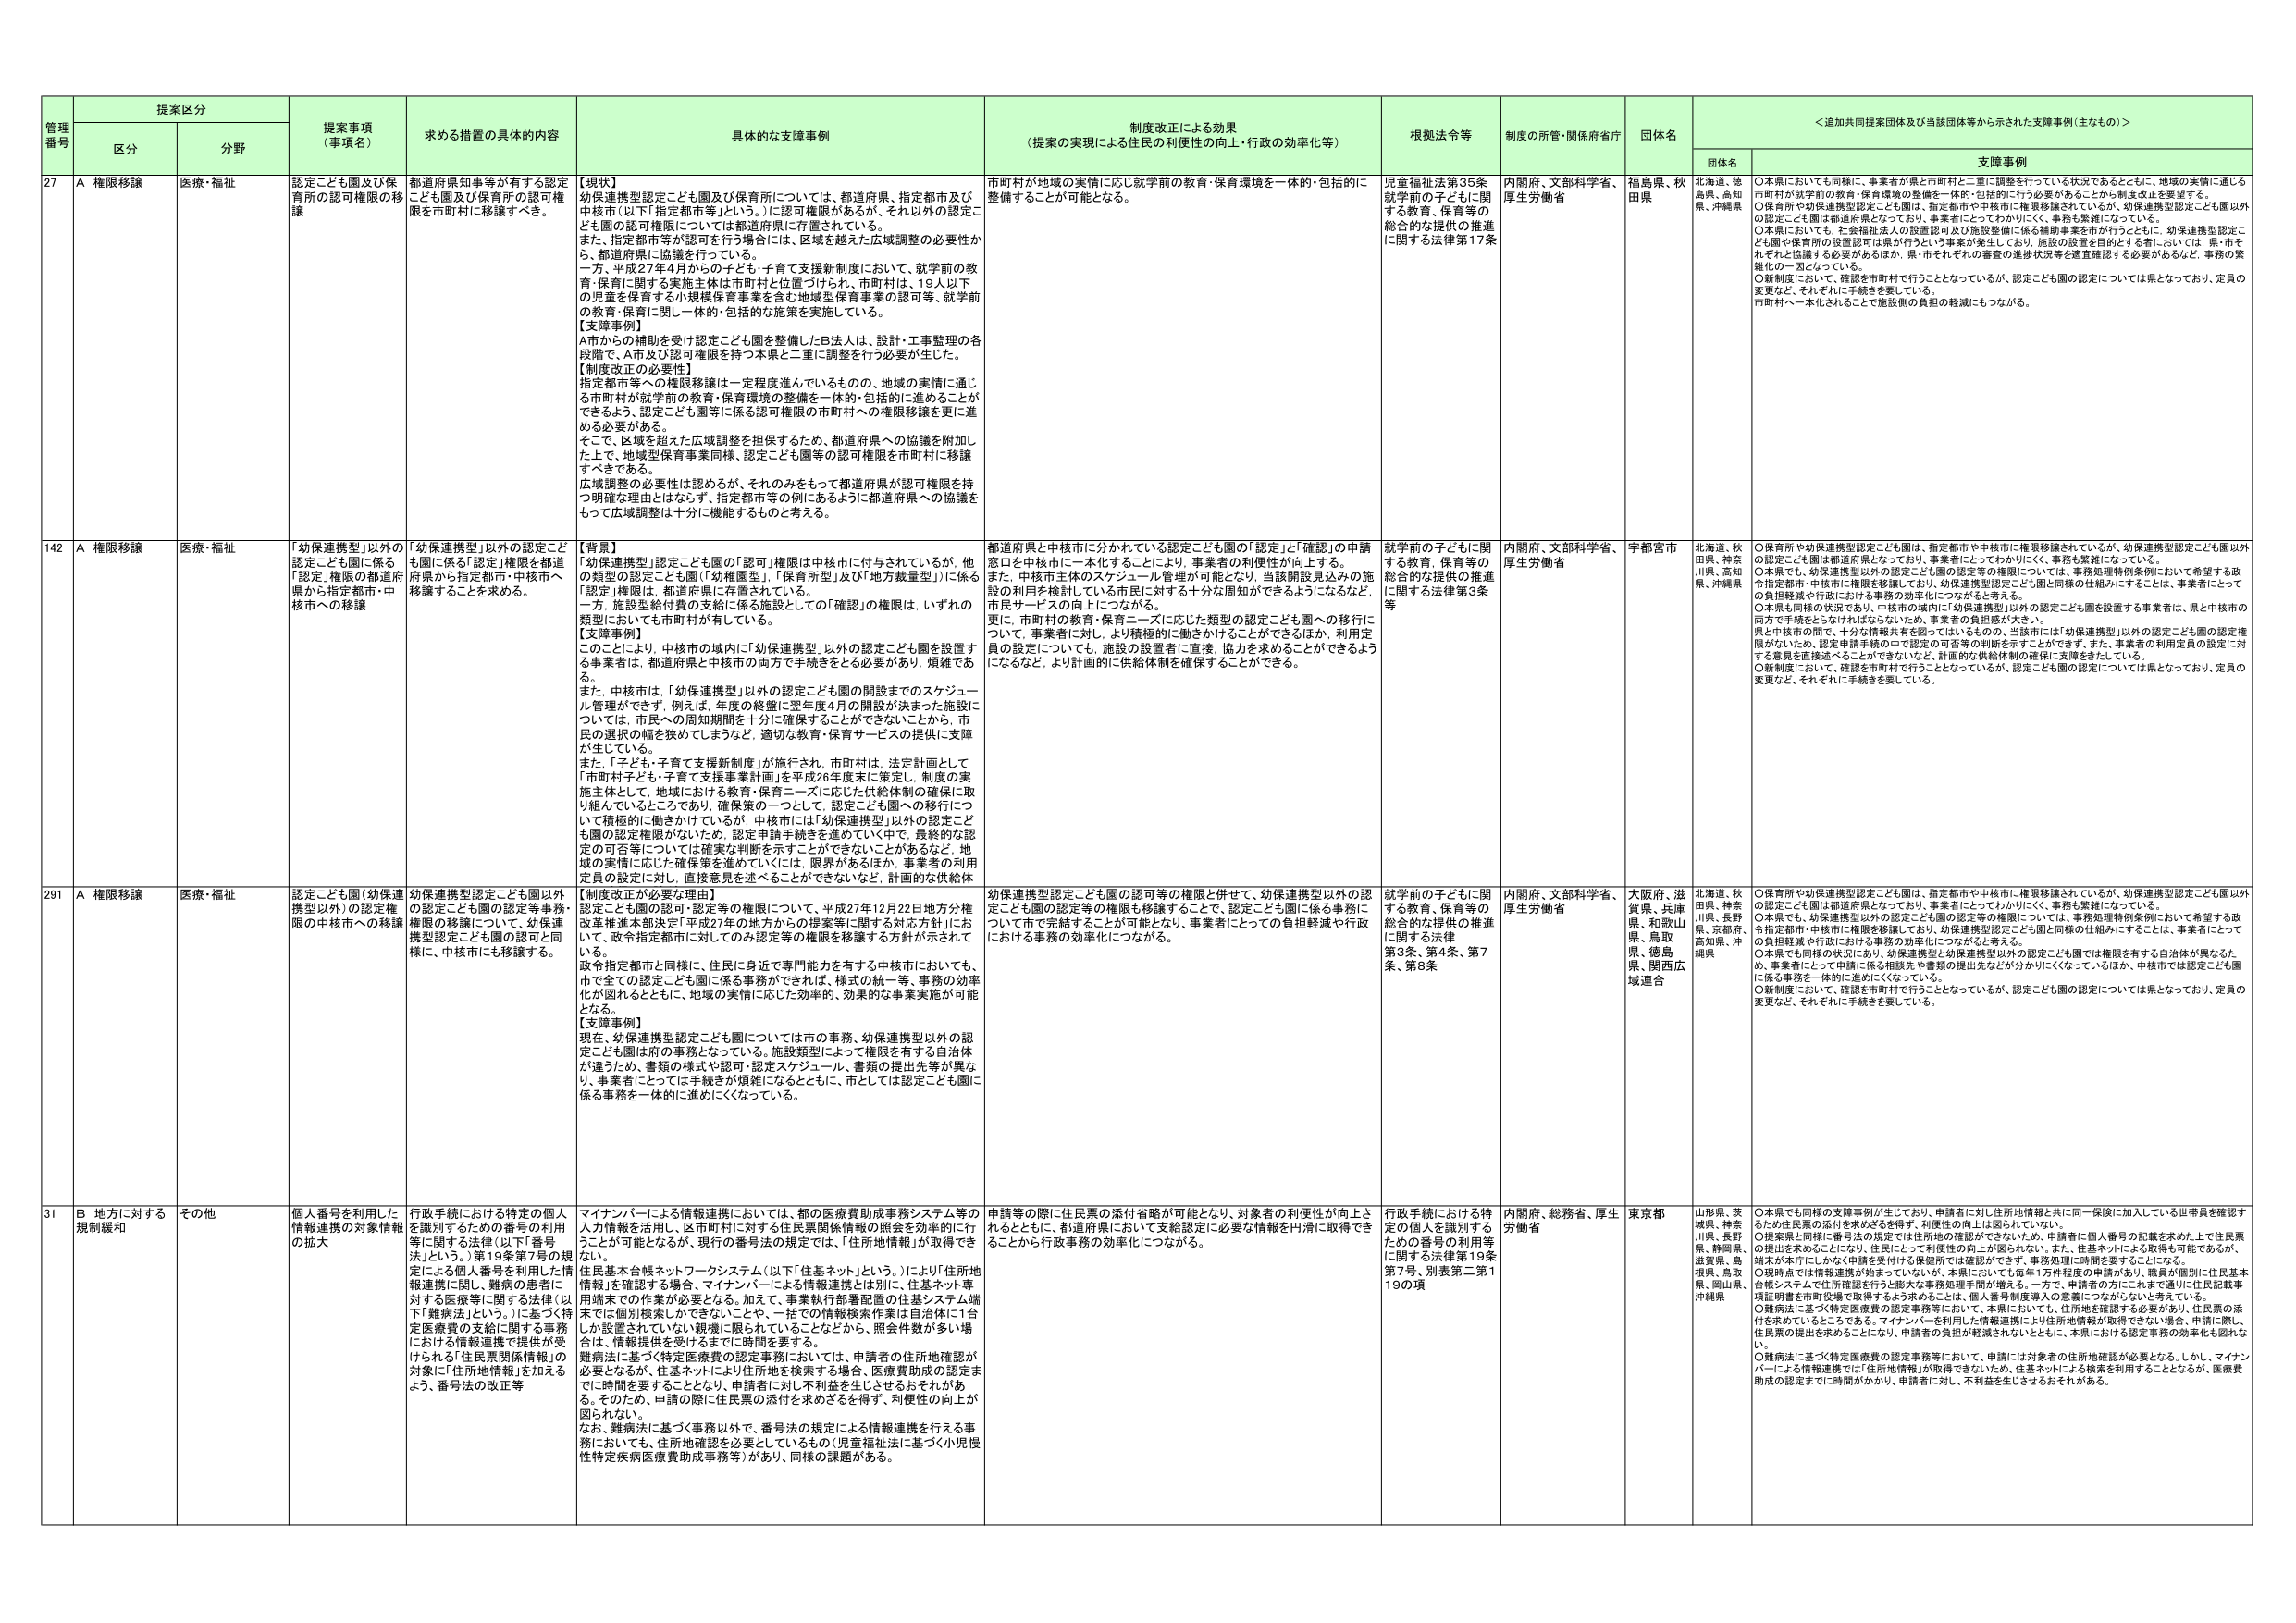
管理番号 提案区分 提案事項（事項名） 求める措置の具体的内容 具体的な支援事例 制度改正による効果（提案の実現による住民の利便性の向上・行政の効率化等） 根拠法令等 制度の所管・関係府省庁 団体名 ＜追加共同提案団体及び当該団体等から示された支援事例（主なもの）＞
区分 分野 団体名 支援事例
27 A 権限移譲 医療・福祉 認定こども園及び保育所の認可権限の移譲 都道府県知事等が有する認定こども園及び保育所の認可権限を市町村に移譲すべき。 【現状】 幼保連携型認定こども園及び保育所については、都道府県、指定都市及び中核市（以下「指定都市等」という。）に認可権限があるが、それ以外の認定こども園の認可権限については都道府県に存置されている。 また、指定都市等が認可を行う場合には、区域を越えた広域調整の必要性か ら、都道府県に協議を行っている。 一方、平成27年4月からの子ども・子育て支援新制度において、就学前の教 育・保育に関する実施主体は市町村と位置づけられ、市町村は、19人以下 の児童を保育する小規模保育事業を含む地域型保育事業の認可等、就学前 の教育・保育に関し一体的・包括的な施策を実施している。 【支援事例】 A市からの補助を受け認定こども園を整備したB法人は、設計・工事監理の各 段階で、A市及び認可権限を持つ本県と二重に調整を行う必要が生じた。 【制度改正の必要性】 指定都市等への権限移譲は一定程度進んでいるものの、地域の実情に適じ る市町村が就学前の教育・保育環境の整備を一体的・包括的に進めることが できるよう、認定こども園等に係る認可権限の市町村への権限移譲を更に進 める必要がある。 そこで、区域を超えた広域調整を担保するため、都道府県への協議を附加し た上で、地域型保育事業同様、認定こども園等の認可権限を市町村に移譲 すべきである。 広域調整の必要性は認められるが、それのみをもって都道府県が認可権限を持 つ明確な理由とはならず、指定都市等の例にあるように都道府県への協議を もって広域調整は十分に機能するものと考える。 市町村が地域の実情に応じ就学前の教育・保育環境を一体的・包括的に 整備することが可能となる。 児童福祉法第35条 就学前の子どもに関 する教育、保育等の 総合的な提供の推進 に関する法律第17条 内閣府、文部科学省、 厚生労働省 福島県、秋 田県 北海道、徳 島県、高知 県、沖縄県 ○本県においても同様に、事業者が県と市町村と二重に調整を行っている状況であるとともに、地域の実情に通じる 市町村が就学前の教育・保育環境の整備を一体的・包括的に行う必要があることから制度改正を要望する。 ○保育所や幼保連携型認定こども園は、指定都市や中核市に権限移譲されているが、幼保連携型認定こども園以外 の認定こども園は都道府県となっており、事業者にとってわかりにくく、事務も繁雑になっている。 ○本県においても、社会福祉法人の設置認可及び施設整備に係る補助事業を市が行うとともに、幼保連携型認定こ ども園や保育所の設置認可は県が行うという事案が発生しており、施設の設置を目的とする者においては、県・市を それぞれ協議する必要があるほか、県・市それぞれの審査の進捗状況等を適宜確認する必要があるなど、事務の繁 雑化の一因となっている。 ○新制度において、確認を市町村で行うこととなっているが、認定こども園の認定については県となっており、定員の 変更など、それぞれに手続きを要している。 市町村へ一本化されることで施設側の負担の軽減にもつながる。
142 A 権限移譲 医療・福祉 「幼保連携型」以外の認定こども園に係る「認定」権限の都道府 県から指定都市・中 核市への移譲 「幼保連携型」以外の認定こど も園に係る「認定」権限を都道 府県から指定都市・中核市へ 移譲することを求める。 【背景】 「幼保連携型」認定こども園の「認可」権限は中核市に付与されているが、他 の類型の認定こども園（「幼稚園型」、「保育所型」及び「地方裁量型」）に係る 「認定」権限は、都道府県に存置されている。 一方、施設型給付費の支給に係る施設としての「確認」の権限は、いずれの 類型においても市町村が有している。 【支援事例】 このことにより、中核市の域内に「幼保連携型」以外の認定こども園を設置す る事業者は、都道府県と中核市の両方で手続きをとる必要があり、煩雑であ る。 また、中核市は、「幼保連携型」以外の認定こども園の開設までのスケジュー ル管理ができず、例えば、年度の終盤に翌年度4月の開設が決まった施設に ついては、市長への周知期間を十分に確保することができないことから、市 民の選択の幅を狭めてしまうなど、適切な教育・保育サービスの提供に支障 が生じている。 また、「子ども・子育て支援新制度」が施行され、市町村は、法定計画として 「市町村子ども・子育て支援事業計画」を平成26年度末に策定し、制度の実 施主体として、地域における教育・保育ニーズに応じた供給体制の確保に取 り組んでいるところであり、確保策の一つとして、認定こども園への移行につ いて積極的に働きかけているが、中核市には「幼保連携型」以外の認定こど も園の認定権限がないため、認定申請手続きを進めていく中で、最終的な認 定の可否等については確実な判断を示すことができないことがあるなど、地 域の実情に応じた確保策を進めていくには、限界があるほか、事業者の利用 定員の設定に対し、直接意見を述べることができないなど、計画的な供給体 都道府県と中核市に分かれている認定こども園の「認定」と「確認」の申請 窓口を中核市に一本化することにより、事業者の利便性が向上する。 また、中核市主体のスケジュール管理が可能となり、当該開設見込みの施 設の利用を検討している市民に対する十分な周知ができるようになるなど、 市民サービスの向上につながる。 更に、市町村の教育・保育ニーズに応じた類型の認定こども園への移行に ついて、事業者に対し、より積極的に働きかけることができるほか、利用定 員の設定についても、施設の設置者に直接、協力を求めることができるよう になるなど、より計画的に供給体制を確保することができる。 就学前の子どもに関 する教育、保育等の 総合的な提供の推進 に関する法律第3条 等 内閣府、文部科学省、 厚生労働省 宇都宮市 北海道、秋 田県、神奈 川県、高知 県、沖縄県 ○保育所や幼保連携型認定こども園は、指定都市や中核市に権限移譲されているが、幼保連携型認定こども園以外 の認定こども園は都道府県となっており、事業者にとってわかりにくく、事務も繁雑になっている。 ○本県でも、幼保連携型以外の認定こども園の認定等の権限については、事務処理特例条例において希望する政 令指定都市・中核市に権限を移譲しており、幼保連携型認定こども園と同様の仕組みにすることは、事業者にとって の負担軽減や行政における事務の効率化につながると考える。 ○本県も同様の状況であり、中核市の域内に「幼保連携型」以外の認定こども園を設置する事業者は、県と中核市の 両方で手続きをとらなければならないため、事業者の負担感が大きい。 県と中核市の間で、十分な情報共有を図っているものの、当該市には「幼保連携型」以外の認定こども園の認定権 限がないため、認定申請手続の中で認定の可否等の判断を示すことができず、また、事業者の利用定員の設定に対 する意見を直接述べることができないなど、計画的な供給体制の確保に支障をきたしている。 ○新制度において、確認を市町村で行うこととなっているが、認定こども園の認定については県となっており、定員の 変更など、それぞれに手続きを要している。
291 A 権限移譲 医療・福祉 認定こども園（幼保連 携型以外）の認定権 限の中核市への移譲 幼保連携型認定こども園以外 の認定こども園の認定等事務・ 権限の移譲について、幼保連 携型認定こども園の認可と同 様に、中核市にも移譲する。 【制度改正が必要な理由】 認定こども園の認可・認定等の権限について、平成27年12月22日地方分権 改革推進本部決定「平成27年の地方からの提案等に関する対応方針」にお いて、政令指定都市に対してのみ認定等の権限を移譲する方針が示されて いる。 政令指定都市と同様に、住民に身近で専門能力を有する中核市においても、 市で全ての認定こども園に係る事務ができれば、様式の統一等、事務の効率 化が図れるとともに、地域の実情に応じた効率的、効果的な事業実施が可能 となる。 【支援事例】 現在、幼保連携型認定こども園については市の事務、幼保連携型以外の認 定こども園は府の事務となっている。施設類型によって権限を有する自治体 が違うため、書類の様式や認可・認定スケジュール、書類の提出先等が異な り、事業者にとっては手続きが煩雑になるとともに、市としては認定こども園に 係る事務を一体的に進むにくくなっている。 幼保連携型認定こども園の認可等の権限と併せて、幼保連携型以外の認 定こども園の認定等の権限も移譲することで、認定こども園に係る事務に ついて市で完結することが可能となり、事業者にとっての負担軽減や行政 における事務の効率化につながる。 就学前の子どもに関 する教育、保育等の 総合的な提供の推進 に関する法律 第3条、第4条、第7 条、第8条 内閣府、文部科学省、 厚生労働省 大阪府、滋 賀県、兵庫 県、和歌山 県、鳥取 県、徳島 県、関西広 域連合 北海道、秋 田県、神奈 川県、長野 県、京都府、 高知県、沖 縄県 ○保育所や幼保連携型認定こども園は、指定都市や中核市に権限移譲されているが、幼保連携型認定こども園以外 の認定こども園は都道府県となっており、事業者にとってわかりにくく、事務も繁雑になっている。 ○本県でも、幼保連携型以外の認定こども園の認定等の権限については、事務処理特例条例において希望する政 令指定都市・中核市に権限を移譲しており、幼保連携型認定こども園と同様の仕組みにすることは、事業者にとって の負担軽減や行政における事務の効率化につながると考える。 ○本県でも同様の状況にあり、幼保連携型と幼保連携型以外の認定こども園では権限を有する自治体が異なるた め、事業者にとって申請に係る相談先や書類の提出先などが分かれてくなっているほか、中核市では認定こども園 に係る事務を一体的に進めにくくなっている。 ○新制度において、確認を市町村で行うこととなっているが、認定こども園の認定については県となっており、定員の 変更など、それぞれに手続きを要している。
31 B 地方に対する 規制緩和 その他 個人番号を利用した 情報連携の対象情報 の拡大 行政手続における特定の個人 を識別するための番号の利用 等に関する法律（以下「番号 法」という。）第19条第7号の規 定による個人番号を利用した情 報連携に関し、難病の患者に 対する医療等に関する法律（以 下「難病法」という。）に基づく特 定医療費の支給に関する事務 における情報連携で提供が支 払われる「住民票関係情報」の 対象に「住所地情報」を加える よう、番号法の改正等 マイナンバーによる情報連携においては、都の医療費助成事務システム等の 入力情報を活用し、区市町村に対する住民票関係情報の照会を効率的に行 うことが可能となるが、現行の番号法の規定では、「住所地情報」が取得でき ない。 住民基本台帳ネットワークシステム（以下「住基ネット」という。）により住所地 情報を確認する場合、マイナンバーによる情報連携とは別に、住基ネット専 用端末での作業が必要となる。加えて、事業執行部署配置の住基システム端 末では個別検索しかできないことや、一括での情報検索作業は自治体に1点 しか設置されていない観機に限られていることなどから、照会件数が多い場 合は、情報提供を受けるまでに時間を要する。 また、難病法に基づく特定医療費の認定事務においては、申請者の住所地確認が 必要となるが、住基ネットにより住所地を検索する場合、医療費助成の認定ま でに時間を要することとなり、申請者に対し不利益を生じさせるおそれがあ る。そのため、申請の際に住民票の添付を求めざるを得ず、利便性の向上が 図られない。 なお、難病法に基づく事務以外で、番号法の規定による情報連携を行える事 務においても、住所地確認を必要としているもの（児童福祉法に基づく小児慢 性特定疾病医療費助成事務等）があり、同様の課題がある。 申請等の際に住民票の添付省略が可能となり、対象者の利便性が向上さ れるとともに、都道府県において支給認定に必要な情報を円滑に取得でき ることから行政事務の効率化につながる。 行政手続における特 定の個人を識別する ための番号の利用等 に関する法律第19条 第7号、別表第二第1 19の項 内閣府、総務省、厚生 労働省 東京都 山形県、茨 城県、神奈 川県、長野 県、静岡県、 滋賀県、島 根県、鳥取 県、岡山県、 沖縄県 ○本県でも同様の支援事例が生じており、申請者に対し住所地情報と共に同一保険に加入している世帯員を確認す るなど住民票の添付を求めざるを得ず、利便性の向上は図られていない。 ○提案県と同様に番号法の規定では住所地の確認ができないため、申請者に個人番号の記載を求めた上で住民票 の提出を求めることになり、住民にとって利便性の向上が図られない。また、住基ネットによる取得も可能であるが、 端末が本庁にしかなく申請を受付ける保健所では確認ができます、事務処理に時間を要することになる。 ○現時点では情報連携が始まっていないが、本県においても毎年1万件程度の申請があり、職員が個別に住民基本 台帳システムで住所確認を行うと膨大な事務処理手間が増える。一方で、申請者の方々にこれまで通り住民記載事 項証明書を市町役場で取得するよう求めることは、個人番号制度導入の意義にかかわらないと考えている。 ○難病法に基づく特定医療費の認定事務等において、本県においても、住所地を確認する必要があり、住民票の添 付を求めているところである。マイナンバーを利用した情報連携により住所地情報が取得できない場合、申請に際し、 住民票の提出を求めることになり、申請者の負担が軽減されない。本県における認定事務の効率化も図れな い。 ○難病法に基づく特定医療費の認定事務等において、申請には対象者の住所地確認が必要となる。しかし、マイナ ンバーによる情報連携では「住所地情報」が取得できないため、住基ネットによる検索を利用することとなるが、医療費 助成の認定までに時間がかかり、申請者に対し、不利益を生じさせるおそれがある。